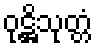
ဝုဋ္ဌိသုတ္တံ